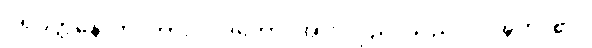
ပရိဝတ္တနောတိ၊ ကား။ ဒဒတော၊ အား။ ပုညံ၊ သည်။ ပဝဍ္ဎတိ၊ ၏။